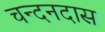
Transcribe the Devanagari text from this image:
चन्दनदास